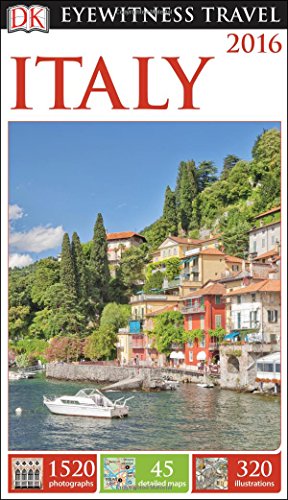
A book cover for DK Eyewitness Travel Guide: Italy; DK Publishing; Travel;